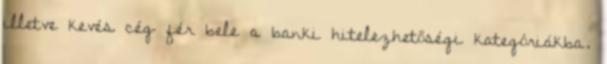
illetve kevés cég fér bele a banki hitelezhetőségi kategóriákba.